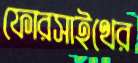
ফোরসাইথের